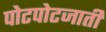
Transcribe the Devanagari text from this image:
पोटपोटजाती